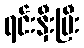
ရင်းနှီးပြီး